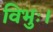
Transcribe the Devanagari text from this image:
विभुः।